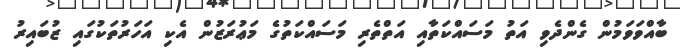
ބާއްވަވަމުން ގެންދެވި އަތު މަސައްކަތާއި އަތްތެރި މަސައްކަތުގެ މަޢުރަޒުން އެކި އަހަރުތަކުގައި ޒުބައިރު